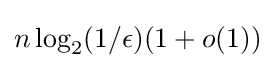
n\log _{2}(1/\epsilon )(1+o(1))